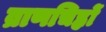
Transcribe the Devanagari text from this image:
व्राणचिह्नों